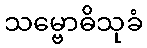
သမ္ဗောဓိသုခံ